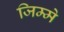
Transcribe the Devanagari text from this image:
जिम्‍मे